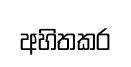
අහිතකර